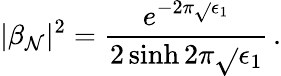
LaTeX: |\beta_{\mathcal{N}}|^{2}=\frac{{e^{-2\pi\sqrt{}{{\epsilon_{1}}}}}}{{2\sinh2\pi\sqrt{}{{\epsilon_{1}}}}}\, .